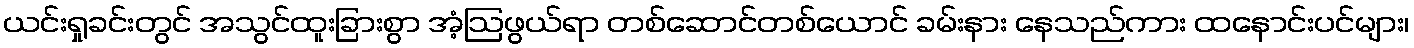
ယင်းရှုခင်းတွင် အသွင်ထူးခြားစွာ အံ့ဩဖွယ်ရာ တစ်ဆောင်တစ်ယောင် ခမ်းနား နေသည်ကား ထနောင်းပင်များ၊